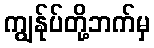
ကျွန်ုပ်တို့ဘက်မှ